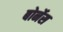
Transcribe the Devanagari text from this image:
बोर्नेस